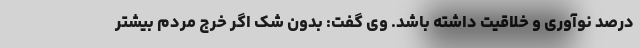
درصد نوآوری و خلاقیت داشته باشد. وی گفت: بدون شک اگر خرج مردم بیشتر